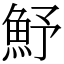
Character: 魣